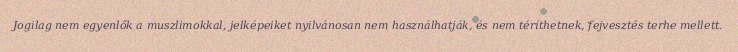
Jogilag nem egyenlők a muszlimokkal, jelképeiket nyilvánosan nem használhatják, és nem téríthetnek, fejvesztés terhe mellett.